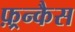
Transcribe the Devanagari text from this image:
फ़्रन्कैस